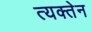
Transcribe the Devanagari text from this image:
त्यक्तेन